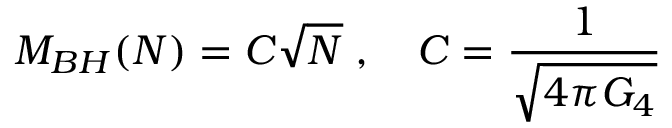
M _ { B H } ( N ) = { \cal C } \sqrt { N } \; , \quad { \cal C } = \frac { 1 } { \sqrt { 4 \pi G _ { 4 } } }